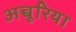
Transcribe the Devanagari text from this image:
अच्चूरिया